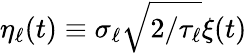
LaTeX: \eta_{\ell}(t)\equiv\sigma_{\ell}\sqrt{2/\tau_{\ell}}\xi(t)